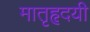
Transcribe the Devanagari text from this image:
मातृहृदयी